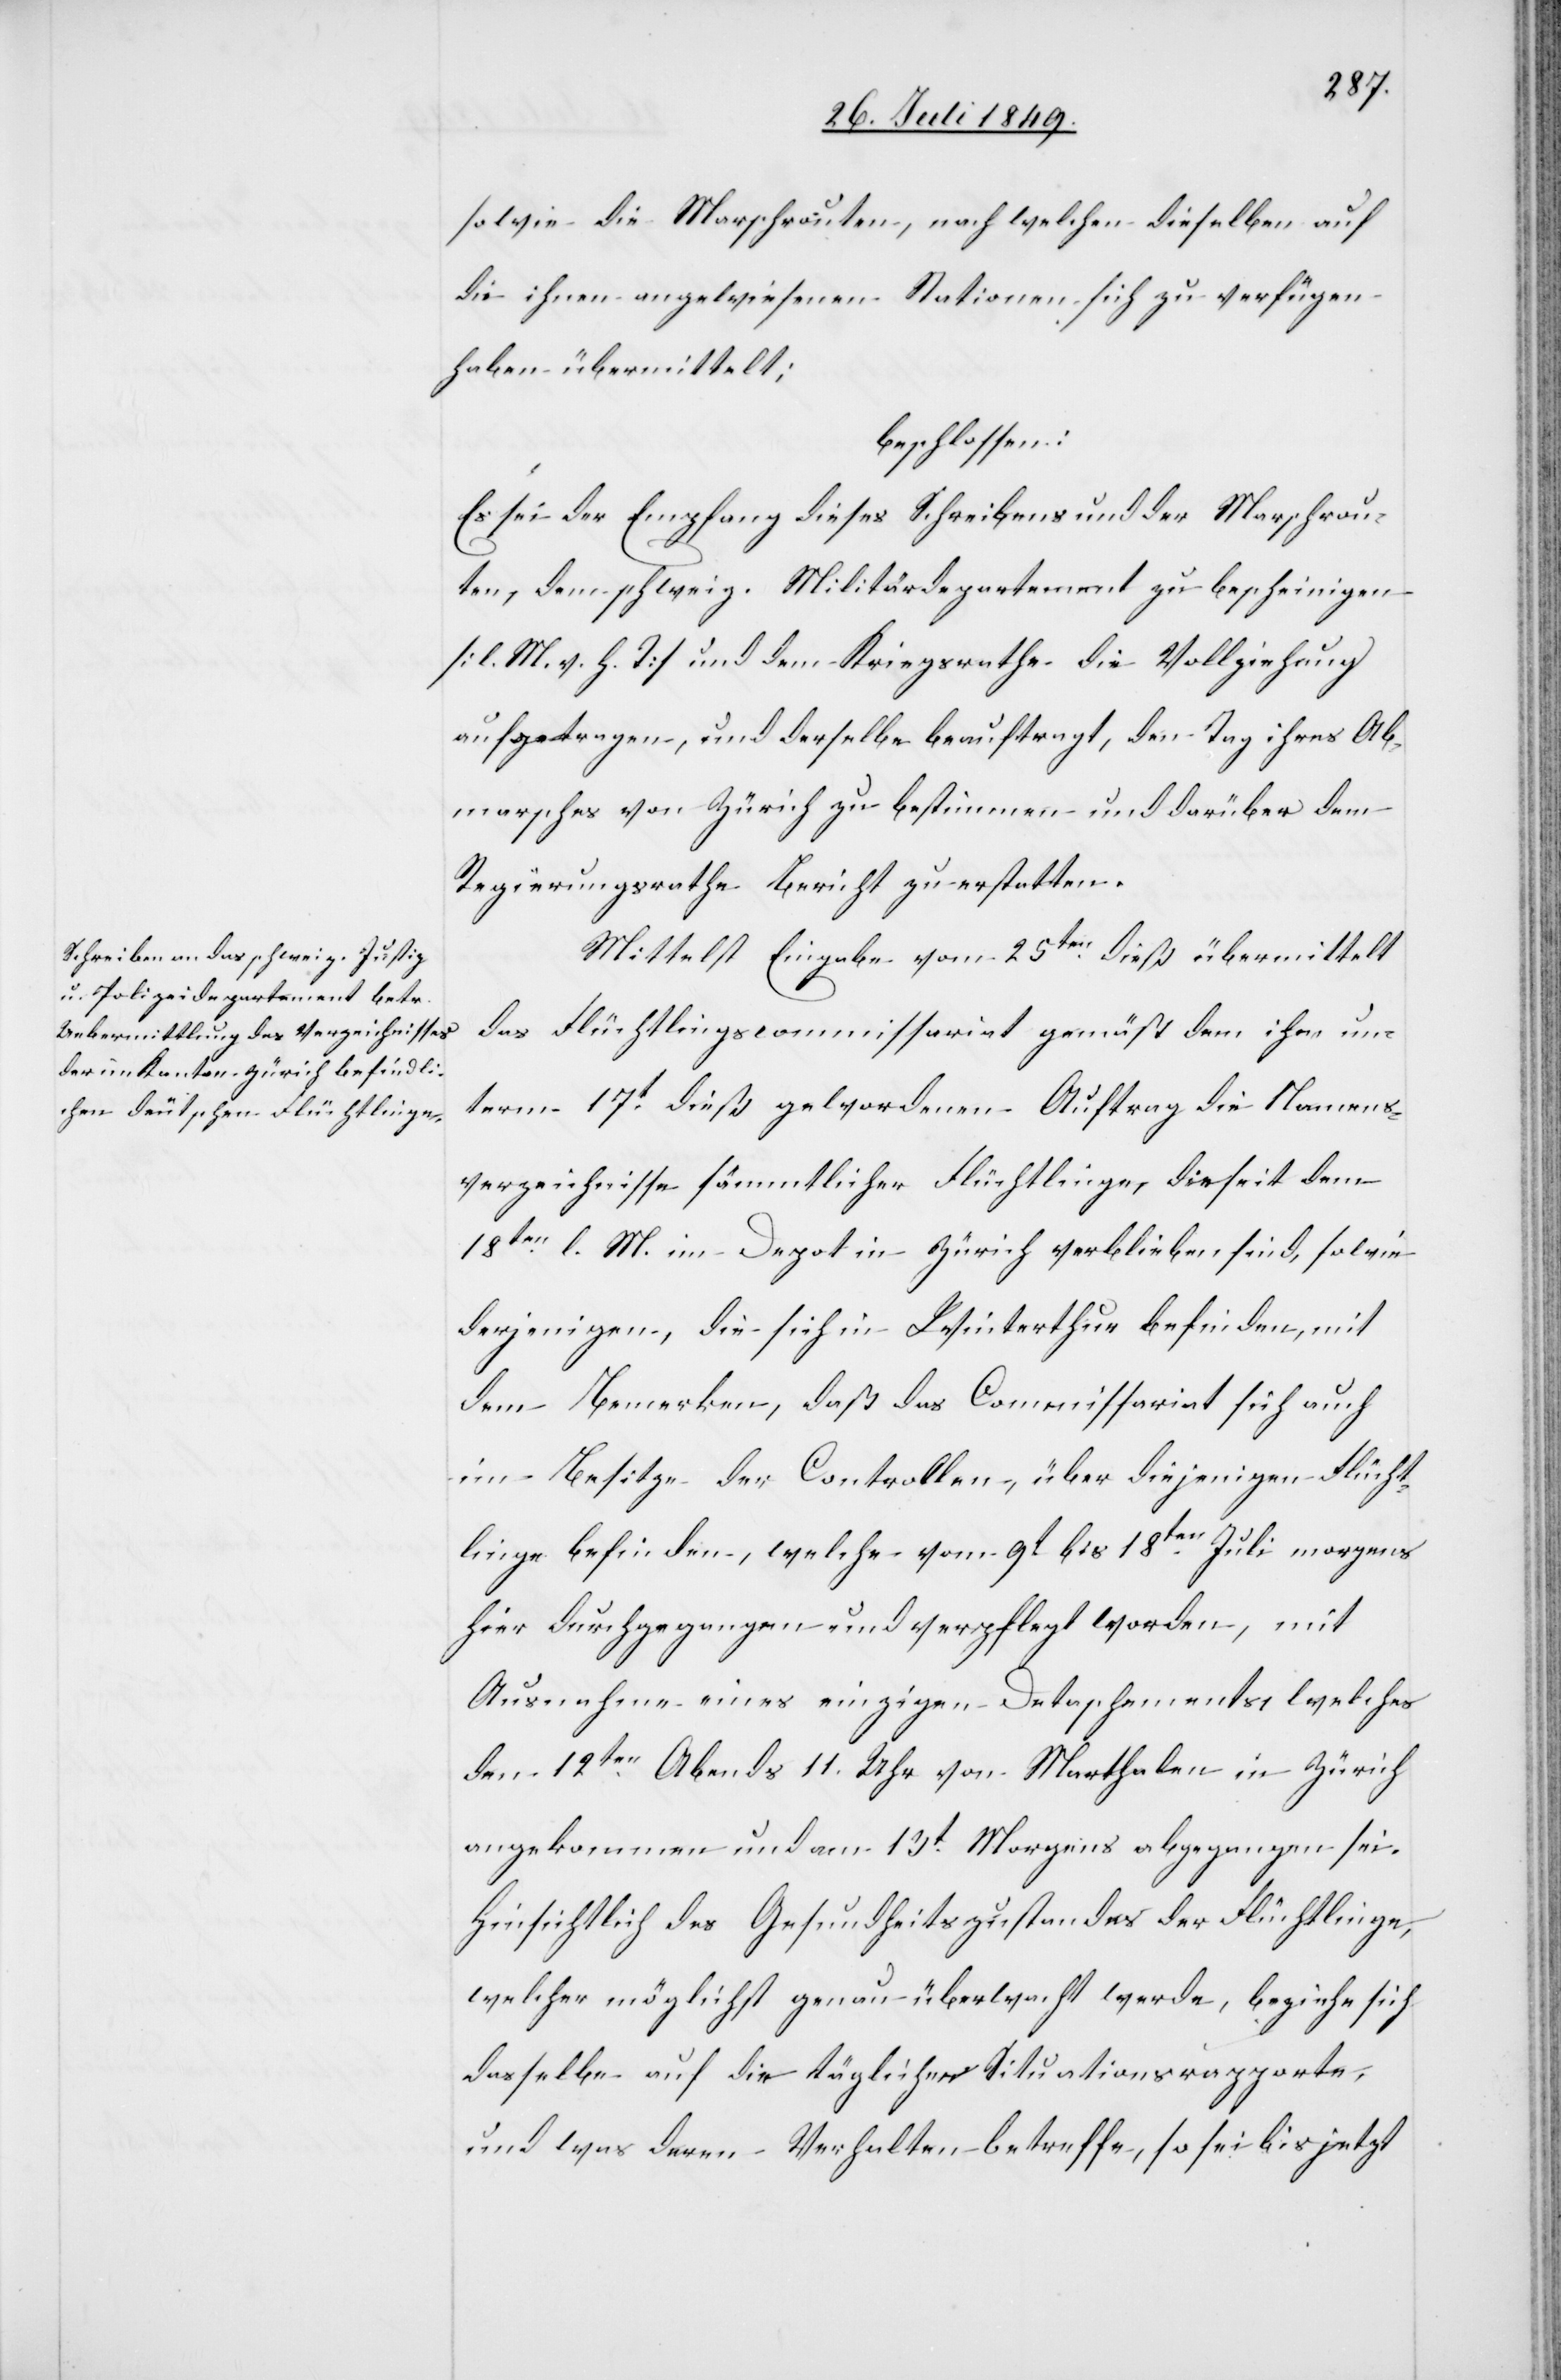
sowie die Marschrouten, nach welchen dieselben auf
die ihnen angewiesenen Stationen sich zu verfügen
haben übermittelt.
Mittelst Eingabe vom 25ten dieß übermittelt
das Flüchtlingscommissariat gemäß dem ihm un¬
term 17t dieß gewordenen Auftrag die Namens¬
verzeichnisse sämmtlicher Flüchtlinge, die seit dem
18ten l. M. im Depot in Zürich verblieben sind, sowie
derjenigen, die sich in Winterthur befinden, mit
dem Bemerken, daß das Commissariat sich auch
im Besitze der Controllen, über diejenigen Flücht¬
linge befinden, welche vom 9t bis 18ten Juli morgens
hier durchgegangen und verpflegt worden, mit
Ausnahme eines einzigen Detaschements, welches
den 12ten Abends 11. Uhr von Marthalen in Zürich
angekommen und am 13t Morgens abgegangen sei.
Hinsichtlich des Gesundheitszustandes der Flüchtlinge,
welcher möglichst genau überwacht werde, beziehe sich
dasselbe auf die täglichen Situationsrapporte,
und was deren Verhalten betreffe, so sei bis jetzt